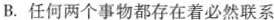
B.任何两个事物都存在着必然联系